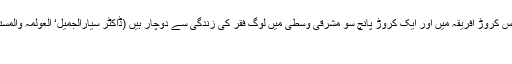
ستر کروڑ ہندوستان میں‘ بارہ کروڑ چین میں‘ پانچ کروڑ جنوب ایشیا میں‘ چھبیس کروڑ افریقہ میں اور ایک کروڑ پانچ سو مشرقی وسطی میں لوگ فقر کی زندگی سے دوچار ہیں (ڈاکٹر سیارالجمیل‘ العولمہ والمستقبل استراتیجیتہ تفکیر من اجل العرب فی القرن الحادی والعشرین‘ عمان ص ۱۲۴)
یہ ہے یورپ کا گلوبل معاشی نظام…!